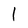
Character: 1